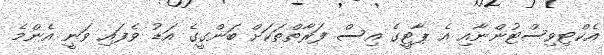
އެކްޓިވިސްޓުންނާއި އެ ޕާޓީގެ އިސް ފަރާތްތަކަށް ބަންގީގެ އަޑު ވެފައި ވަނީ އެންމެ